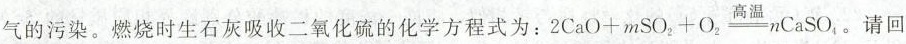
气的污染。燃烧时生石灰吸收二氧化硫的化学方程式为：2C_{a} O+mSO_{2} +O_{2} \underline{高温} nC_{a} SO_{4} 。请回